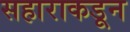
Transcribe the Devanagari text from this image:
सहाराकडून